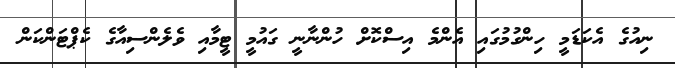
ނިއުގެ އެކަޑަމީ ހިންގުމުގައި އެންމެ އިސްކޮށް ހުންނާނީ ގައުމީ ޓީމާއި ވެލެންސިއާގެ ކެޕްޓަންކަން